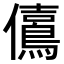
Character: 𠑃